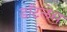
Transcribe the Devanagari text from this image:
डाँटलेस